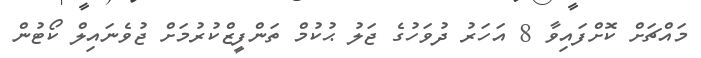
މައްޗަށް ކޮށްފައިވާ 8 އަހަރު ދުވަހުގެ ޖަލު ޙުކުމް ތަންފީޒްކުރުމަށް ޖުވެނައިލް ކޯޓުން